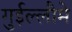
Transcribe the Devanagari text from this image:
गुईल्लौमे